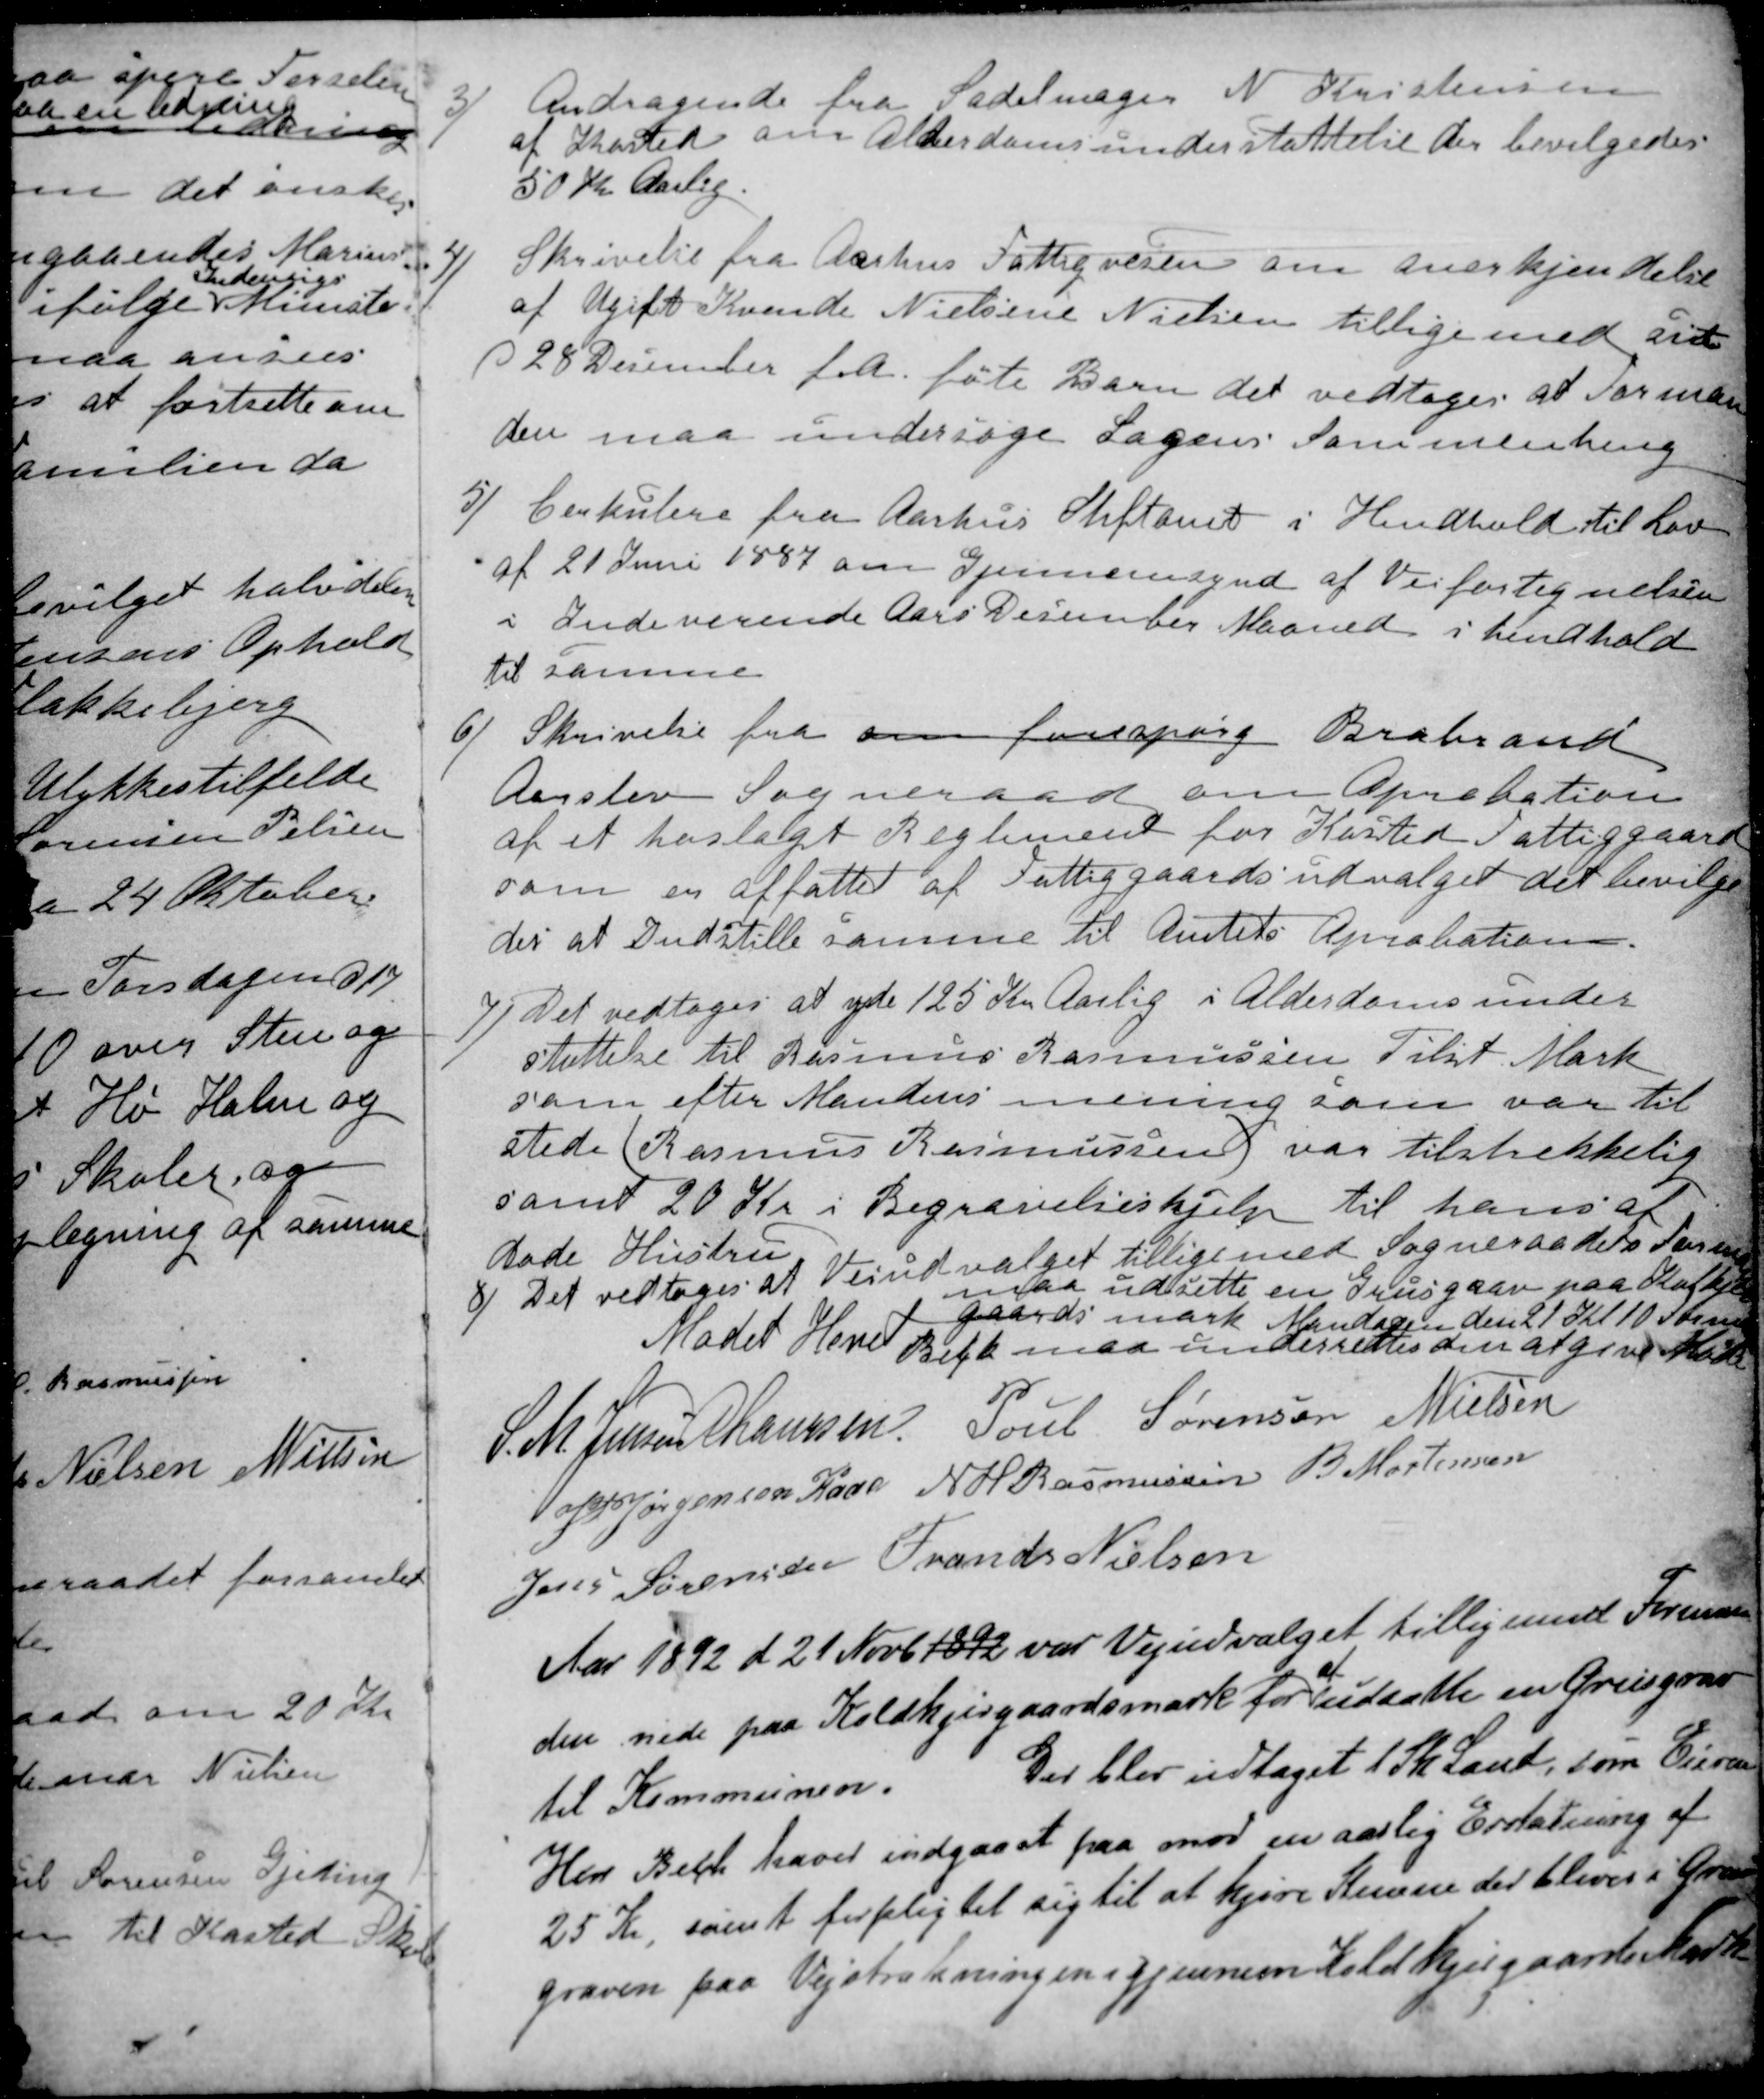
Transskription:
3) 
Andragende fra Sadelmager N. Kristensen
af Kasted om Alderdomsunderstøttelse der bevilgedes
50 Kr Aarlig.
4)
Skrivelse fra Aarhus Fattigvesen om anerkjendelse
af Ugift Kvinde Nielsine Nielsen tillige med sit
d 28 December f.A. føte Barn det vedtoges at Forman
den maa undersøge Sagens Sammenheng
5)
Cirkulere fra Aarhus Stiftamt i Hendhold til Lov
af 21 Juni 1887 om Gjennemsynd af Vejfortegnelsen
i Indeværende Aars December Maaned i hendhold
til samme
6)
Skrivelse fra om forespørg Brabrand
Aarslev Sogneraad om Aprobation
af et hoslagt Reglement for Kasted Fattiggaard
som er affattet af Fattiggaardsudvalget det bevilge
des at Indstille samme til Amtets Aprobation.
7)
Det vedtoges at yde 125 Kr Aarlig i Alderdomsunder
støttelse til Rasmus Rasmussen Tilst Mark
som efter Mandens mening som var til
stede (Rasmus Rasmussen) var tilstrekkelig
samt 20 Kr i Begravelseshjelp til hans af
døde Hustru
8)
Det vedtoges at Veiudvalget tillige med Sogneraadets Formand
maa udsette en Grusgrav paa Kolkjer
Mødet Hevet
gaards mark Mandagen den 21 Kl. 10 Form
Bech maa underrettes om at give Møde
S. M. Jensen
A Laursen.
Poul Sørensen
N Nielsen
J PJørgensen Kaae
N H Rasmussen
B. Mortensen
Jens Sørensen
Frands Nielsen
Aar 1892 d 21 Novb. 1892 var Vejudvalget tilligemed Forman
den nede paa Koldkjergaards mark for 
at
udsætte en Grusgrav
til Kommunen. 
Der blev udtaget 1 Sk. Land, som Eieren
Herr Bech haver indgaaet paa mod en aarlig Erstatning af
25 Kr, samt forpligtet sig til at kjøre Stenene der bliver i Grus
graven paa Vejstrækningen igjennem Koldkjergaards Mark